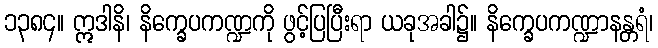
၁၃၈၄။ ဣဒါနိ၊ နိက္ခေပကဏ္ဍကို ဖွင့်ပြပြီးရာ ယခုအခါ၌။ နိက္ခေပကဏ္ဍာနန္တရံ၊